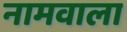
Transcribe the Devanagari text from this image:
नामवाला